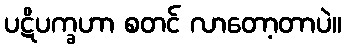
ပဋိပက္ခဟာ စတင် လာတော့တာပဲ။